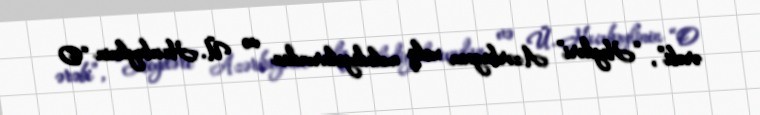
ərəbi”, “Heydəri” Azərbaycan xalq melodiyalarından və Ü. Hacıbəylinin “O